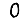
Digit: 0